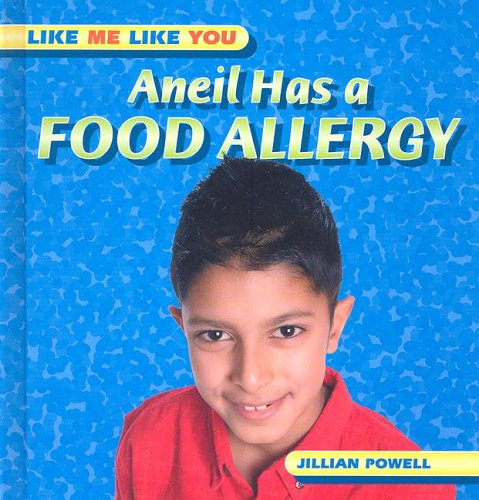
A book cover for Aneil Has a Food Allergy (Like Me Like You); Jillian Powell; Health, Fitness & Dieting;